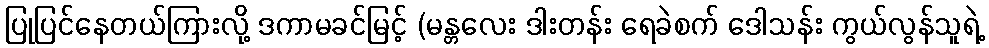
ပြုပြင်နေတယ်ကြားလို့ ဒကာမခင်မြင့် (မန္တလေး ဒါးတန်း ရေခဲစက် ဒေါသန်း ကွယ်လွန်သူရဲ့